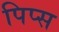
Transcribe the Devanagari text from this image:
पिप्स